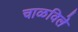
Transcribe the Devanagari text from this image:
चाळविले